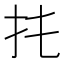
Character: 扥